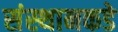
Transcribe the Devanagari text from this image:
संस्थानकडे